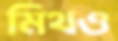
মিথও